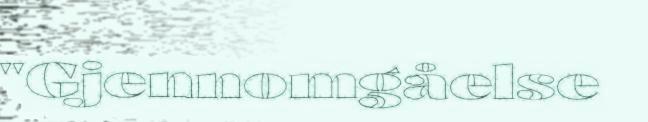
"Gjennomgåelse